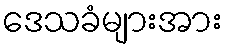
ဒေသခံများအား